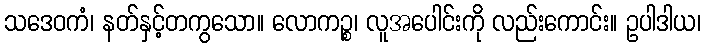
သဒေဝကံ၊ နတ်နှင့်တကွသော။ လောကဉ္စ၊ လူအပေါင်းကို လည်းကောင်း။ ဥပါဒါယ၊